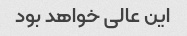
این عالی خواهد بود